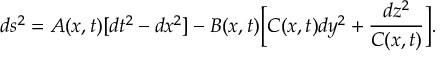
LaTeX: d s ^ { 2 } = A ( x , t ) [ d t ^ { 2 } - d x ^ { 2 } ] - B ( x , t ) \biggl [ C ( x , t ) d y ^ { 2 } + \frac { d z ^ { 2 } } { C ( x , t ) } \biggr ] .